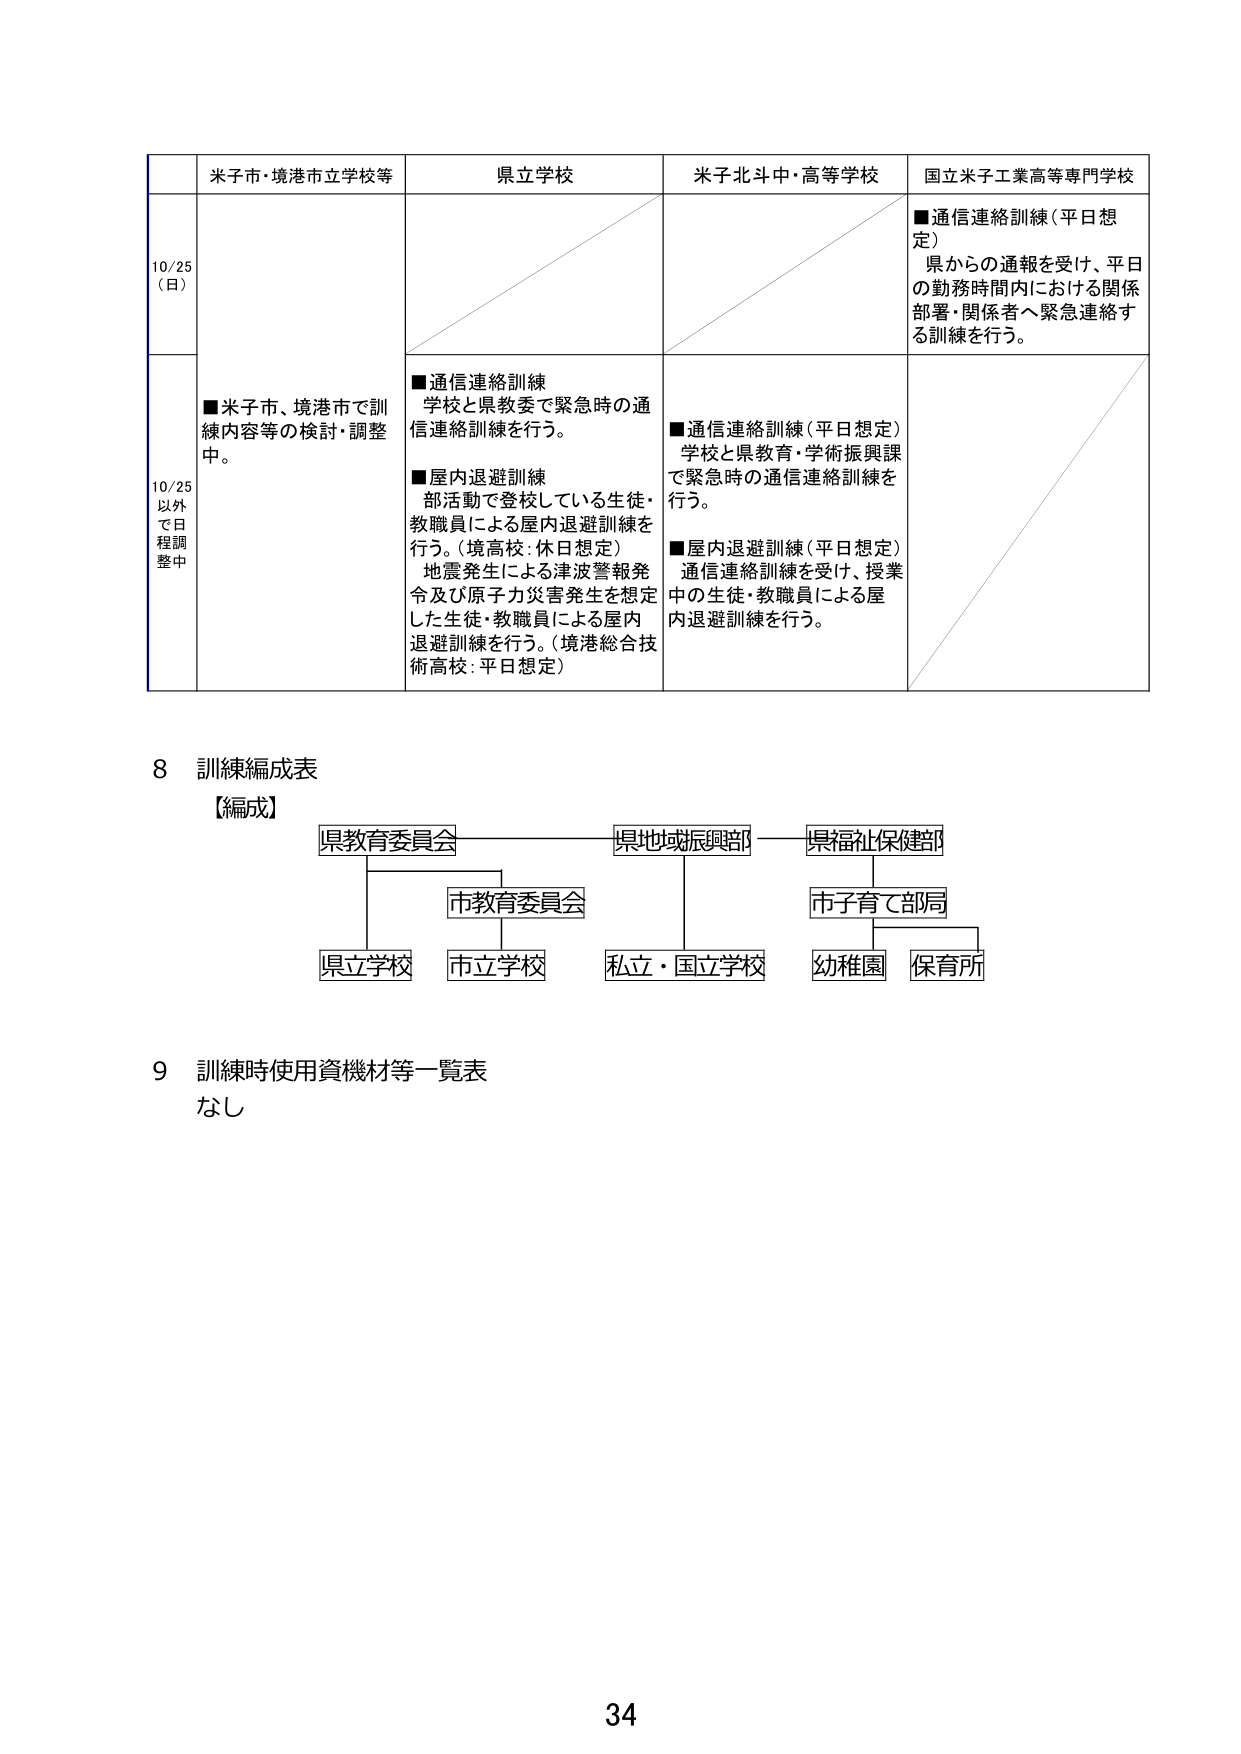
米子市・境港市立学校等
県立学校
米子北斗中・高等学校
国立米子工業高等専門学校

10/25
（日）

■通信連絡訓練（平日想定）
県からの通報を受け、平日の勤務時間内における関係部署・関係者へ緊急連絡する訓練を行う。

10/25
以外
で日
程調
整中

■米子市、境港市で訓練内容等の検討・調整中。

■通信連絡訓練
学校と県教委で緊急時の通信連絡訓練を行う。

■屋内退避訓練
部活動で登校している生徒・教職員による屋内退避訓練を行う。（境高校：休日想定）
地震発生による津波警報発令及び原子力災害発生を想定した生徒・教職員による屋内退避訓練を行う。（境港総合技術高校：平日想定）

■通信連絡訓練（平日想定）
学校と県教育・学術振興課で緊急時の通信連絡訓練を行う。

■屋内退避訓練（平日想定）
通信連絡訓練を受け、授業中の生徒・教職員による屋内退避訓練を行う。

8 訓練編成表
【編成】
県教育委員会
　　→ 市教育委員会
　　　　→ 県立学校
　　　　→ 市立学校
県地域振興部
　　→ 私立・国立学校
県福祉保健部
　　→ 市子育て部局
　　　　→ 幼稚園
　　　　→ 保育所

9 訓練時使用資機材等一覧表
なし

34